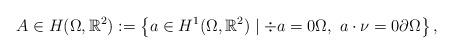
LaTeX: \begin{align*} A \in H(\Omega,\mathbb{R}^2) := \left\{ a\in H^1(\Omega, \mathbb{R}^2) \mid \div{a}=0 \Omega, \ a\cdot\nu=0 \partial\Omega \right\},\end{align*}